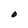
Character: O